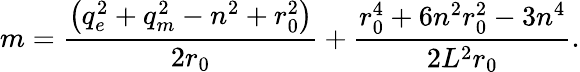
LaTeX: m=\frac{\left(q_{e}^{2}+q_{m}^{2}-n^{2}+r_{0}^{2}\right)}{2r_{0}}+\frac{r_{0}^{4}+6n^{2}r_{0}^{2}-3n^{4}}{2L^{2}r_{0}}.